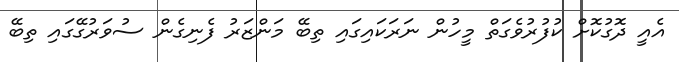
އެއީ ދޮގުކޮށް ކުފުރުވެގަތް މީހުން ނަރަކައިގައި ތިބޭ މަންޒަރު ފެނިގެން ސުވަރުގޭގައި ތިބޭ